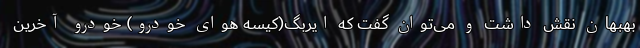
بهبهان نقش داشت و می‌توان گفت که ایربگ‌(کیسه هوای خودرو) خودرو آخرین